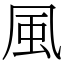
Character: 風